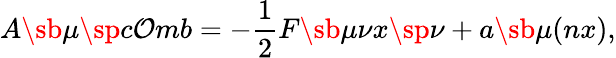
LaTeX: A\sb{\mu}\sp{c\mathcal{O}mb}=-\frac{{1}}{{2}}F\sb{\mu\nu}x\sp{\nu}+a\sb{\mu}(nx),